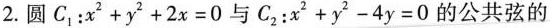
2.圆C1：$$ x^{2} + y^{2} + 2x = 0 $$与 C2：$$ x^{2} + y^{2} - 4y = 0 $$的公共弦的